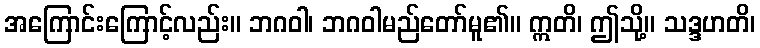
အကြောင်းကြောင့်လည်း။ ဘဂဝါ၊ ဘဂဝါမည်တော်မူ၏။ ဣတိ၊ ဤသို့။ သဒ္ဒဟတိ၊